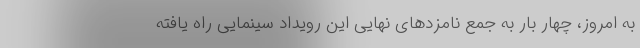
به امروز، چهار بار به جمع نامزدهای نهایی این رویداد سینمایی راه یافته